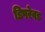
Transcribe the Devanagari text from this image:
डिपरेवड